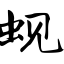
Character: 蚬